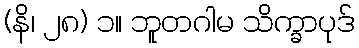
(နိ၊ ၂၈) ၁။ ဘူတဂါမ သိက္ခာပုဒ်